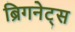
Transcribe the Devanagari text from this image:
ब्रिगनेट्स